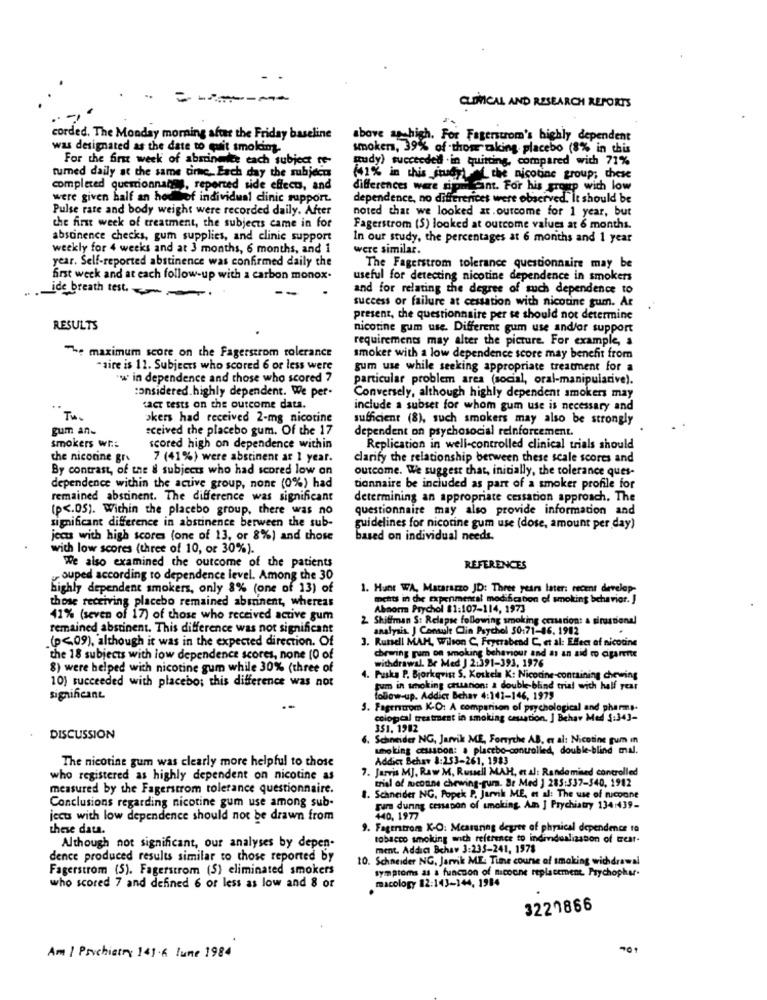
- ------
CLINICAL AND RESEARCH REPORTS
corded. The Monday morning after the Friday baseline
above & high. For Fagerstrom's highly dependent
was designated as the date to quit smoking-
smoker, 39% of thou taking placebo (8% in this
For the first week of absinmite each subject te-
sudy) succeeded . in quitting, compared with 71%
tumed daily at the same time Each day the subject
(41% in this study the nicotine group; chiese
completed quemionnata, reported side effects, and
differences were siph ant. For his group with low
were given half an hourof individual clinic support
dependence, no differences were observed. It should be
Pulse rate and body weight were recorded daily. After
noted that we looked at ourcome for 1 year, but
the first week of treatment, the subjects came in for
Fagerstrom (5) looked at outcome values at 6 months.
abstinence checks, gum supplies, and clinic support
In our study, the percentages at 6 months and 1 year
weekly for 4 weeks and at 3 months, 6 months, and 1
were similar.
year. Self-reported abstinence was confirmed daily the
The Fagerstrom tolerance questionnaire may be
first week and at each follow-up with a carbon monox.
useful for detecting nicotine dependence in smokers
and for relating the degree of such dependence to
ide breath test .--
success or failure at cessation with nicotine gum. At
present, che questionnaire per se should not determine
RESULTS
nicotine gum use. Different gum use and/or support
requirements may alter the picture. For example, a
7. maximum score on the Fagerstrom tolerance
smoker with a low dependence score may benefit from
*aire is 11. Subjects who scored 6 or less were
gum use while seeking appropriate treatment for a
ww in dependence and those who scored ?
particular problem area (social, oral-manipulative).
considered.highly dependent. We per-
Conversely, although highly dependent smokers may
tact tests on the outcome data.
include a subset for whom gum use is necessary and
Tw .
okers had received 2-mg nicotine
sufficient (8), such smokers may also be strongly
gum an-
sceived the placebo gum. Of the 17
dependent on psychosocial reinforcement.
smokers wh:
scored high on dependence within
Replication in well-controlled clinical trials should
che nicotine gr
7 (41%) were abstinent ar 1 year.
clarify the relationship between these scale scores and
By contrast, of the il subjects who had scored low on
outcome. We suggest that, initially, the tolerance ques-
dependence within the active group, none (0%) had
tionnaire be included as part of a smoker profile for
remained abstinent. The difference was significant
determining an appropriate cessation approach. The
(p <. 05). Within the placebo group, there was no
questionnaire may also provide information and
significant difference in abstinence berween the sub-
guidelines for nicotine gum use (dose, amount per day)
jeans with high scores (one of 13, or 8%) and those
based on individual needs.
with low scores (three of 10, or 30%).
We also examined the outcome of the patients
REFERENCES
ouped according to dependence level. Among the 30
highly dependent smokers, only 8% (one of 13) of
1. Hunt WA, Matarazzo JD: Three years later: recent develop-
those receiving placebo remained abonnent, whereas
ments in the Expenmental modification of smoking behavior. J
Abnorm Prychol $1:107-114, 1973
41% (seven of 17) of those who received active gum
2 Shiffman S: Relapse following smoking cenarion: a sirastonel
remained abstinent. This difference was not significant
analysis. J Consult Clin Psychel 50:71-86. 1982
(p <09), although it was in the expected direction. Of
3. Russell MAH, Wilson C. Fryerabend C, et al: Effect of nicotine
the 18 subjects with low dependence scores, none (0 of
chewing gum on smoking behaviour and as an aid to cigarette
8) were helped with nicotine gum while 30% (three of
withdrawal. Br Med J 2:391-393, 1976
10) succeeded with placebo; this difference was not
4. Puska P. Bjorkqvist S. Koskela K: Nicotine-containing chewing
hum in smoking cruarion: a double-blind trial with half year
significant
oflaw-up. Addict Bchar 4:141-146, 1979
5. Fagerstrom K-O: A comparison of psychological and pharms-
cological treatment in smoking cauation. ] Behav Med 3:34]-
351. 1982
DISCUSSION
6. Schneider NG, Jarvik ME, Forsythe AB, et al: Nicotine pum in
unoking cessation: a placebo-controlled, double-blind mal.
The nicotine gum was clearly more helpful to those
Addict Behar 8:253-261, 1983
7. Jarvis MJ. Raw M. Russell MAH, et al: Randomised controlled
who registered as highly dependent on nicotine as
trial of mucoune chewing-gum. Br Med ] 285:337-540, 1942
measured by the Fagerstrom tolerance questionnaire.
Conclusions regarding nicotine gum use among sub-
1. Schneider NG, Popek P. Jarvik ME, et al: The use of nicpane
rum during cessapon of smoking Am ] Prychiatry 134:439-
jecu with low dependence should not be drawn from
MO, 1977
these data.
9. Fagerstrom K-O: Measuring degree of physical dependence ra
tobacco smoking wnch reference to individualization of trear-
Although not significant, our analyses by depen-
ment. Addia Behav 3:235-241, 1978
dence produced results similar to those reported by
10. Schneider NG, Jarvik ME. Time course of smoking withdrawal
Fagerstrom (5). Fagerstrom (S) eliminated smokers
symptoms as a function of nicoone replacement. Prychopher-
macology 82:143-144, 1984
who scored 7 and defined 6 or less as low and 8 or
3220866
Am 1 Psychiatry 141.6 lune 1984